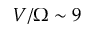
V / \Omega \sim 9